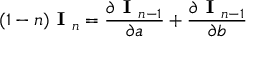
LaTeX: ( 1 - n ) { \textbf { I } } _ { n } = { \frac { \partial { \textbf { I } } _ { n - 1 } } { \partial a } } + { \frac { \partial { \textbf { I } } _ { n - 1 } } { \partial b } }